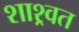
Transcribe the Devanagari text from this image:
शाश्र्वत